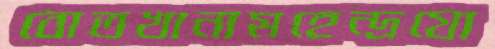
বোতখানামহেন্দ্রযো